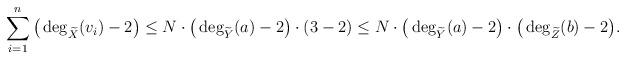
LaTeX: \begin{align*}\sum_{i=1}^{n} \big(\deg_{\widetilde{X}}(v_{i})-2\big)\leq N\cdot\big(\deg_{\widetilde{Y}}(a) -2\big)\cdot (3-2)\leq N\cdot\big(\deg_{\widetilde{Y}}(a) -2\big)\cdot\big(\deg_{\widetilde{Z}}(b) -2\big). \end{align*}